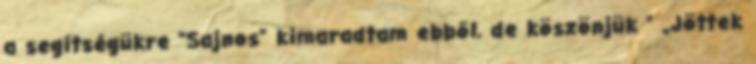
a segítségükre "Sajnos" kimaradtam ebből, de köszönjük ” „Jöttek